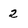
Character: 2